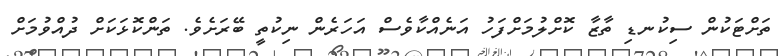
ތަށްޓަކުން ސިކުނޑި ތާޒާ ކޮށްލުމަށްފަހު އަނެއްކާވެސް އަހަރެން ނިކުތީ ބޭރަށެވެ. ތަންކޮޅަކަށް ދުއްވުމަށް